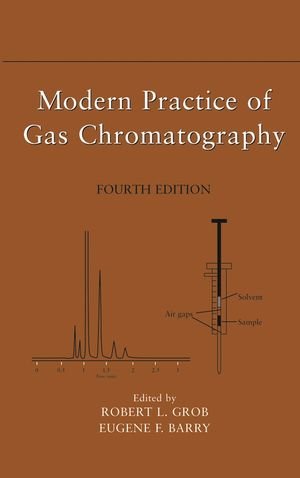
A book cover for Modern Practice of Gas Chromatography; Science & Math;